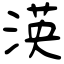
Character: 渶